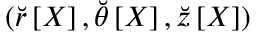
( \breve { r } \left[ X \right] , \breve { \theta } \left[ X \right] , \breve { z } \left[ X \right] )